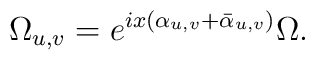
\Omega_{u,v} = e^{ix(\alpha_{u,v}+\bar\alpha_{u,v})}\Omega.